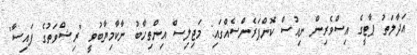
އަދާލަތު ޕާޓީގެ އިސްވެރިން ނިއުސް ކޮންފަރެންސެއްގައި: މަޖިލިސް އިންތިހާބު ނާކާމިޔާބުވީ "ރިޝްވަތުގެ ފައިސާ"